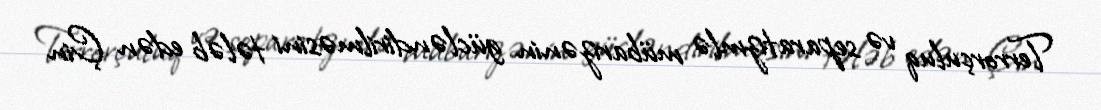
Terrorçuluq və separatizmlə mübarizənin gücləndirilməsini tələb edən Çin